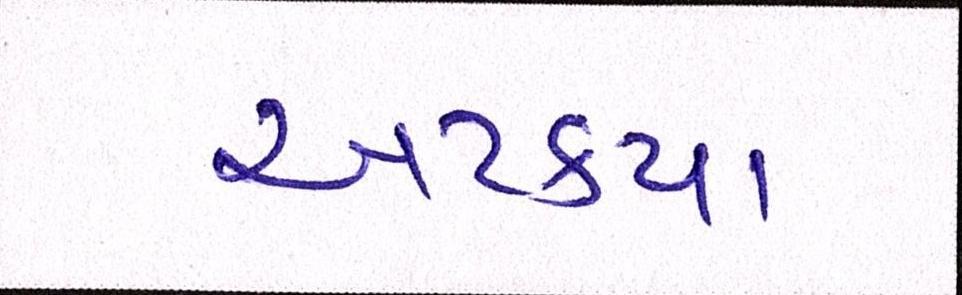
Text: અટક્યા